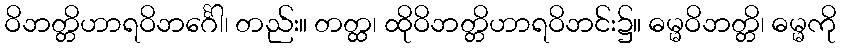
ဝိဘတ္တိဟာရဝိဘင်္ဂေါ၊ တည်း။ တတ္ထ၊ ထိုဝိဘတ္တိဟာရဝိဘင်း၌။ ဓမ္မဝိဘတ္တိ၊ ဓမ္မကို